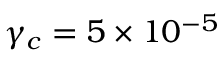
\gamma _ { c } = 5 \times 1 0 ^ { - 5 }